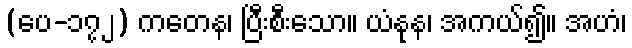
(ပေ-၁၇၂) ကတေန၊ ပြီးစီးသော။ ယံနုန၊ အကယ်၍။ အဟံ၊